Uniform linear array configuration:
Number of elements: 12
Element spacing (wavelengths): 1
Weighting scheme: kaiser
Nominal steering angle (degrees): -45
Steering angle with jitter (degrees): -45.545
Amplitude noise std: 0.05
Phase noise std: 0.05

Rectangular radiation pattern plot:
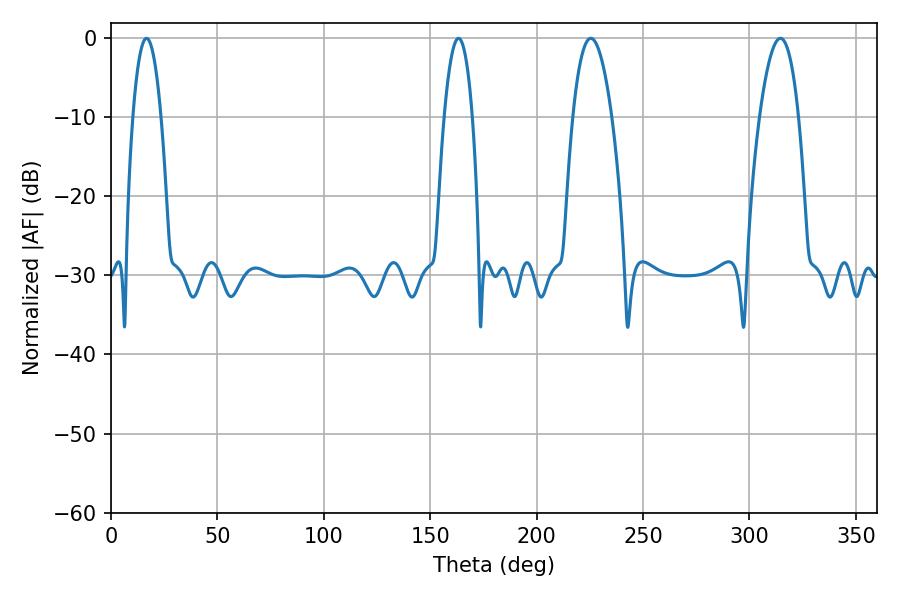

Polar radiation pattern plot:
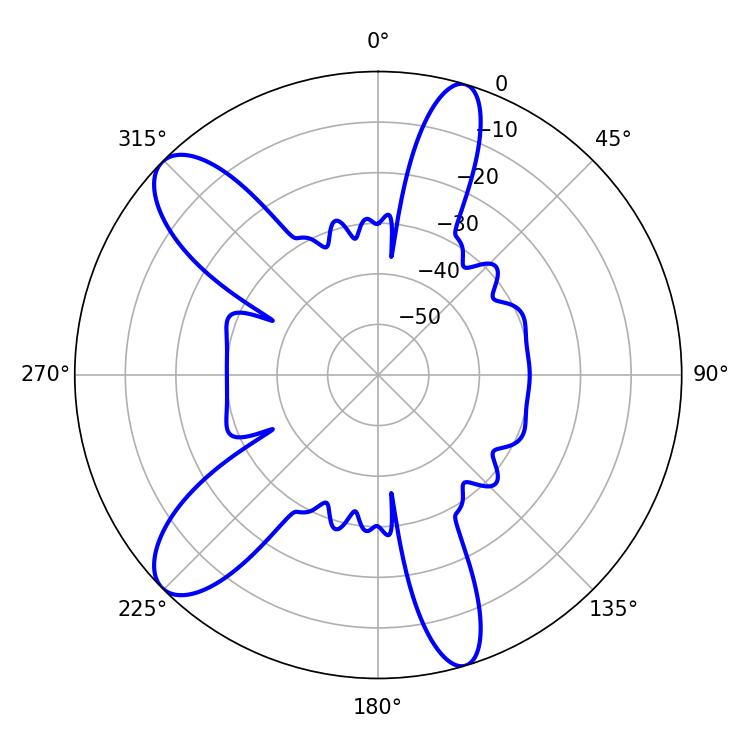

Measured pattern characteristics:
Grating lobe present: TRUE
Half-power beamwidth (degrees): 7.2
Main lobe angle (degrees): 16.74